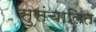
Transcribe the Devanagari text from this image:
सुसंचालित